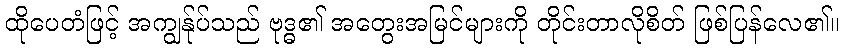
ထိုပေတံဖြင့် အကျွန်ုပ်သည် ဗုဒ္ဓ၏ အတွေးအမြင်များကို တိုင်းတာလိုစိတ် ဖြစ်ပြန်လေ၏။